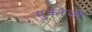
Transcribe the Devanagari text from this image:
मुकरजी